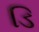
ડિ